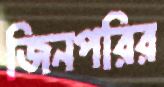
জিনপরির